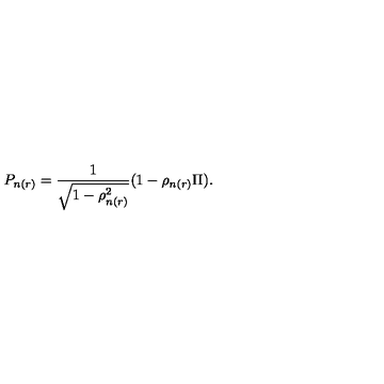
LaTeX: P _ { n ( r ) } = \frac { 1 } { \sqrt { 1 - \rho _ { n ( r ) } ^ { 2 } } } ( 1 - \rho _ { n ( r ) } \Pi ) .